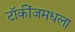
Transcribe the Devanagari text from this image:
टॉकींजमधला